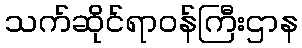
သက်ဆိုင်ရာဝန်ကြီးဌာန